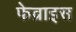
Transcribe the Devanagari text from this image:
फेब्राइस